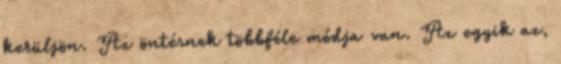
kerüljön. Az öntésnek többféle módja van. Az egyik az,